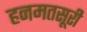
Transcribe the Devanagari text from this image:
हनमतसूरी